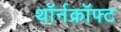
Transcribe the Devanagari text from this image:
थॉर्नक्रॉफ्ट